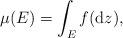
LaTeX: \begin{align*}\mu (E) = \int_E f (\mathrm{d} z),\end{align*}